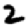
Digit: 2